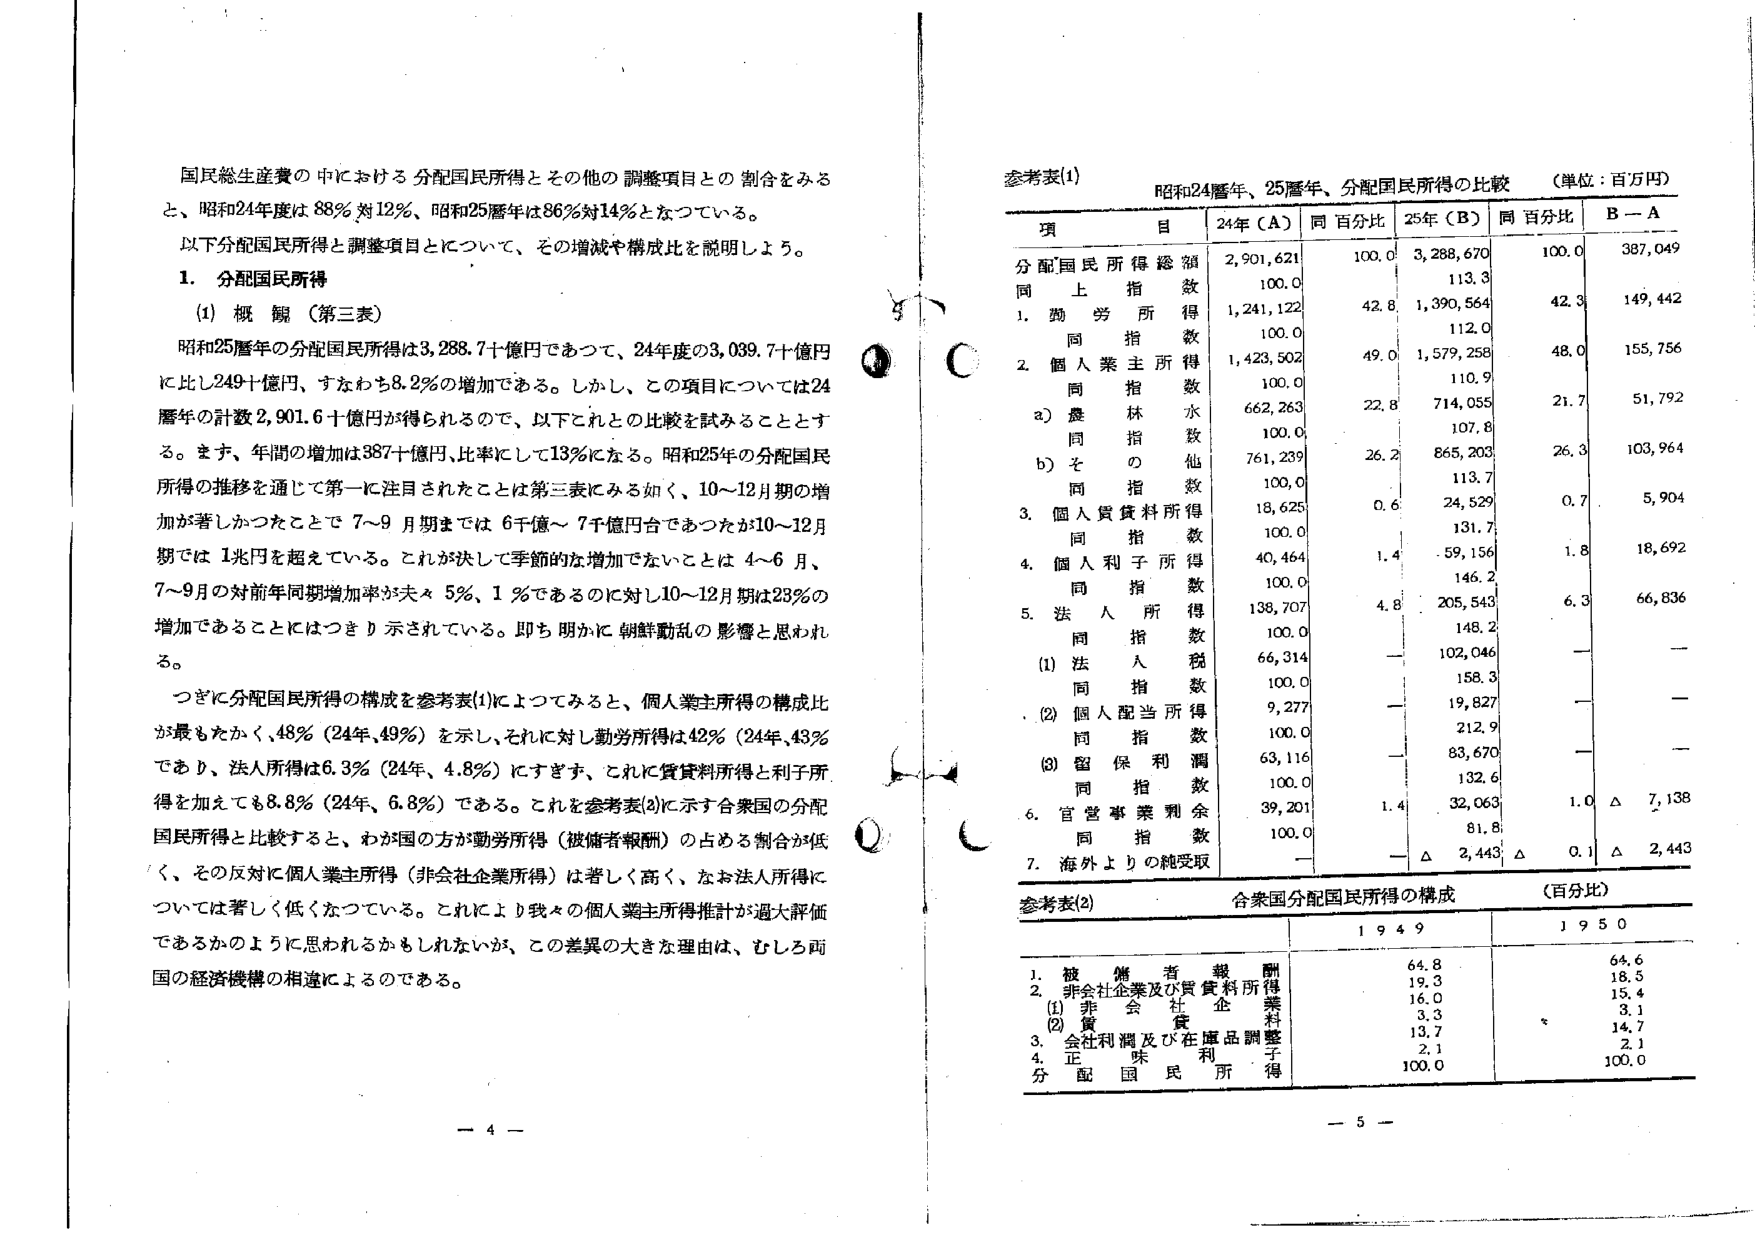
国民総生産費の中における分配国民所得とその他の調整項目との割合をみると、昭和24年度は88％対12％、昭和25年度は86％対14％となっている。

以下分配国民所得と調整項目とについて、その増減や構成比を説明しよう。

1. 分配国民所得

(1) 概観（第三表）

昭和25暦年の分配国民所得は3,288.7十億円であつて、24年度の3,039.7十億円に比し249十億円、すなわち8.2％の増加である。しかし、この項目については24暦年の計数2,901.6十億円が得られるので、以下これとの比較を試みることとする。まず、年間の増加は387十億円、比率にして13％になる。昭和25年の分配国民所得の推移を通じて第一に注目されたことは第三表にみる如く、10～12月期の増加が著しかつたことで 7～9月期までは6千億～7千億円合であつたが10～12月期では1兆円を超えている。これが決して季節的な増加でないことは4～6月、7～9月の対前年同期増加率が夫々5％、1％であるのに対し10～12月期は23％の増加であることにはつきり示されている。即ち明らかに朝鮮動乱の影響と思われる。

つぎに分配国民所得の構成を参考表(1)によつてみると、個人業主所得の構成比が最もたかく、48％（24年、49％）を示し、それに対し勤労所得は42％（24年、43％）であり、法人所得は6.3％（24年、4.8％）にすぎず、これに賃貸料所得と利子所得を加えても8.8％（24年、6.8％）である。これを参考表(2)に示す合衆国の分配国民所得と比較すると、わが国の方が勤労所得（被傭者報酬）の占める割合が低く、その反対に個人業主所得（非会社企業所得）は著しく高く、なお法人所得については著しく低くなつている。これにより我々の個人業主所得推計が過大評価であるかのように思われるかもしれないが、この差異の大きな理由は、むしろ両国の経済機構の相違によるのである。

参考表(1)
昭和24暦年、25暦年、分配国民所得の比較 （単位：百万円）

項 目 | 24年（A） | 同 百分比 | 25年（B） | 同 百分比 | B－A
--- | --- | --- | --- | --- | ---
分配国民所得総額 | 2,901,621 | 100.0 | 3,288,670 | 100.0 | 387,049
同 上 指 数 | 100.0 | | 113.3 | |
1. 勤 労 所 得 | 1,241,122 | 42.8 | 1,390,564 | 42.3 | 149,442
　 同 指 数 | 100.0 | | 112.0 | |
2. 個 人 業 主 所 得 | 1,423,502 | 49.0 | 1,579,258 | 48.0 | 155,756
　 同 指 数 | 100.0 | | 110.9 | |
　 a) 農 林 所 得 | 662,263 | 22.8 | 714,055 | 21.7 | 51,792
　　同 指 数 | 100.0 | | 107.8 | |
　 b) そ の 他 | 761,239 | 26.2 | 865,203 | 26.3 | 103,964
　　同 指 数 | 100.0 | | 113.7 | |
3. 個 人 賃 貸 料 所 得 | 18,625 | 0.6 | 24,529 | 0.7 | 5,904
　 同 指 数 | 100.0 | | 131.7 | |
4. 個 人 利 子 所 得 | 40,464 | 1.4 | 59,156 | 1.8 | 18,692
　 同 指 数 | 100.0 | | 146.2 | |
5. 法 人 所 得 | 138,707 | 4.8 | 205,543 | 6.3 | 66,836
　 同 指 数 | 100.0 | | 148.2 | |
　 (1) 法 人 税 | 66,314 | — | 102,046 | — | —
　　同 指 数 | 100.0 | | 158.3 | | —
　 (2) 個 人 配 当 所 得 | 9,277 | — | 19,827 | — | —
　　同 指 数 | 100.0 | | 212.9 | | —
　 (3) 留 保 利 潤 | 63,116 | — | 83,670 | — | —
　　同 指 数 | 100.0 | | 132.6 | | —
6. 官 営 事 業 剰 余 | 39,201 | 1.4 | 32,063 | 1.0 | △ 7,138
　 同 指 数 | 100.0 | | 81.8 | |
7. 海 外 よ り の 純 受 取 | — | — | 2,443 | △ 0.1 | △ 2,443

参考表(2)
合衆国分配国民所得の構成 （百分比）

| | 1 9 4 9 | 1 9 5 0 |
|---|---|---|
| 1. 被 傭 者 報 酬 | 64.8 | 64.6 |
| 2. 非会社企業及び賃貸料所得 | 19.3 | 18.5 |
|　(1) 非 会 社 企 業 | 16.0 | 15.4 |
|　(2) 賃 貸 料 | 3.3 | 3.1 |
| 3. 会社利潤及び在庫品調整 | 13.7 | 14.7 |
| 4. 正 味 利 子 | 2.1 | 2.1 |
| 分 配 国 民 所 得 | 100.0 | 100.0 |

- 4 -
- 5 -